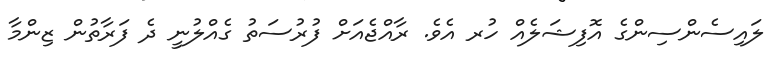
ލައިސެންސިންގެ އޮފިޝަލެއް ހުރ އެވެ. ރާއްޖެއަށް ފުރުސަތު ގެއްލުނީ ދެ ފަރާތުން ޒިންމާ